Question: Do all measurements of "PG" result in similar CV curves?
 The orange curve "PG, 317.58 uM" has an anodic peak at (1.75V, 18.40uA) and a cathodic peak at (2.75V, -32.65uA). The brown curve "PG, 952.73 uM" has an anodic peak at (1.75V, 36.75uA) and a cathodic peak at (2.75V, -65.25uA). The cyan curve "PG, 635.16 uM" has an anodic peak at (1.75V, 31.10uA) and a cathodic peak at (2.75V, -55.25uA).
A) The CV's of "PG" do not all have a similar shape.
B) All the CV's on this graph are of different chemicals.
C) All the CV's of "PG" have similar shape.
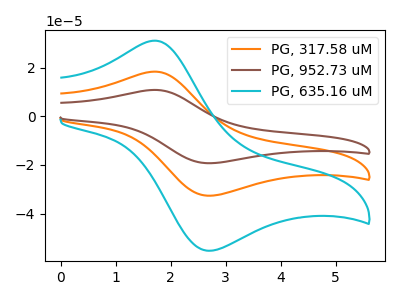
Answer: <think>All the peaks in "PG, 317.58 uM" have a peak in "PG, 952.73 uM" at the same potential. Every peak in "PG, 317.58 uM" is lower than every peak in "PG, 952.73 uM". All the peaks in "PG, 317.58 uM" have a peak in "PG, 635.16 uM" at the same potential. Every peak in "PG, 317.58 uM" is lower than every peak in "PG, 635.16 uM". All the peaks in "PG, 952.73 uM" have a peak in "PG, 635.16 uM" at the same potential. Every peak in "PG, 952.73 uM" is higher than every peak in "PG, 635.16 uM".
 </think>
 <answer>C) All the CV's of "PG" have similar shape.</answer>
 <eval>C</eval>